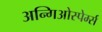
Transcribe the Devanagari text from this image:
अन्गिओस्पेर्म्स